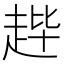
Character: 𫎳